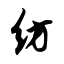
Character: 纺